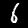
Label: 6